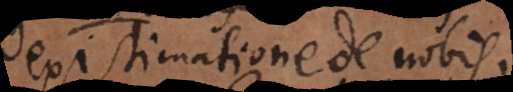
existimatione de nobis